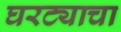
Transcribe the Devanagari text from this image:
घरट्याचा